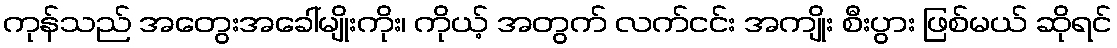
ကုန်သည် အတွေးအခေါ်မျိုးကိုး၊ ကိုယ့် အတွက် လက်ငင်း အကျိုး စီးပွား ဖြစ်မယ် ဆိုရင်